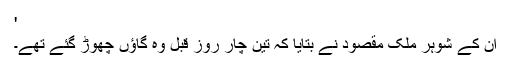
'
ان کے شوہر ملک مقصود نے بتایا کہ تین چار روز قبل وہ گاؤں چھوڑ گئے تھے۔